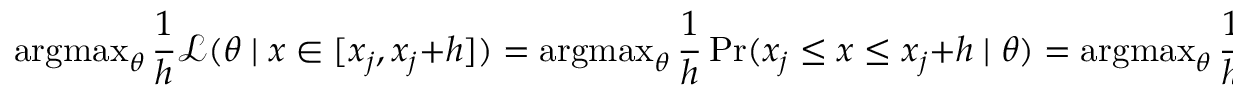
\operatorname { a r g m a x } _ { \theta } { \frac { 1 } { h } } { \mathcal { L } } ( \theta \mid x \in [ x _ { j } , x _ { j } + h ] ) = \operatorname { a r g m a x } _ { \theta } { \frac { 1 } { h } } \operatorname* { P r } ( x _ { j } \leq x \leq x _ { j } + h \mid \theta ) = \operatorname { a r g m a x } _ { \theta } { \frac { 1 } { h } } \int _ { x _ { j } } ^ { x _ { j } + h } f ( x \mid \theta ) \, d x ,